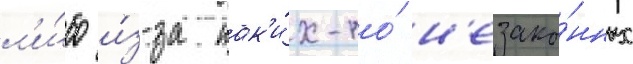
л'и́бо и́з-за как'и́х-то́ н'езако́нных